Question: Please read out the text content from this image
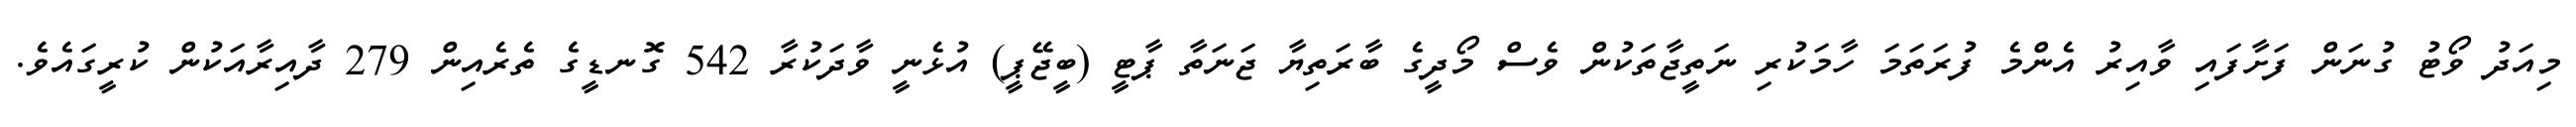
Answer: މިއަދު ވޯޓު ގުނަން ފަށާފައި ވާއިރު އެންމެ ފުރަތަމަ ހާމަކުރި ނަތީޖާތަކުން ވެސް މޯދީގެ ބާރަތިޔާ ޖަނަތާ ޕާޓީ (ބީޖޭޕީ) އުޅެނީ ވާދަކުރާ 542 ގޮނޑީގެ ތެރެއިން 279 ދާއިރާއަކުން ކުރީގައެވެ.